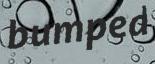
bumped